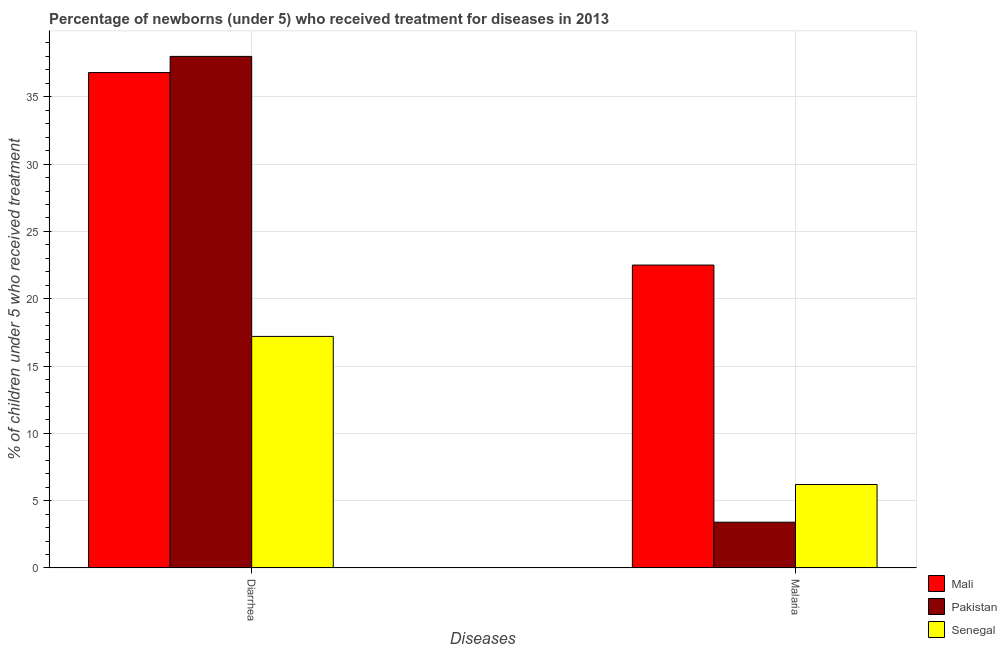
| Diseases | Mali | Pakistan | Senegal |
 | --- | --- | --- | --- |
 | Diarrhea | 36.8 | 38 | 17.2 |
 | Malaria | 22.5 | 3.4 | 6.2 |